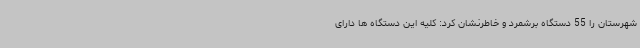
شهرستان را 55 دستگاه برشمرد و خاطرنشان کرد: کلیه این دستگاه ها دارای